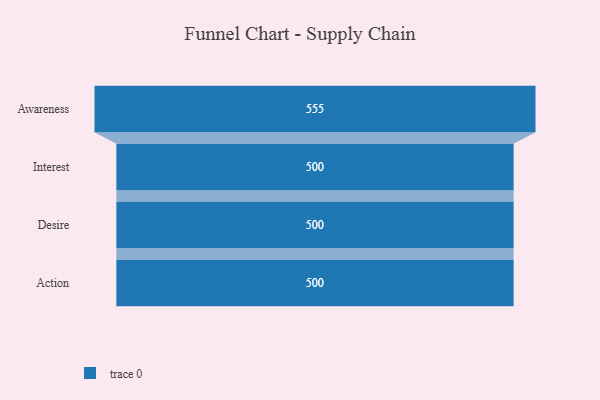
{"axis": {"x": "Stage", "y": "Value"}, "legend": [""], "data": [{"x": "Awareness", "y": 555.0, "type": ""}, {"x": "Interest", "y": 500, "type": ""}, {"x": "Desire", "y": 500, "type": ""}, {"x": "Action", "y": 500, "type": ""}]}